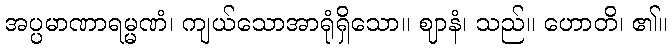
အပ္ပမာဏာရမ္မဏံ၊ ကျယ်သောအာရုံရှိသော။ ဈာနံ၊ သည်။ ဟောတိ၊ ၏။